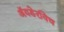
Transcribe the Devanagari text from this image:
अॅयडेरविच